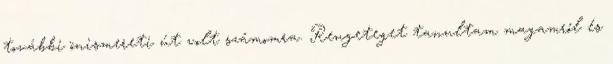
további önismereti út volt számomra. Rengeteget tanultam magamról és